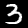
Digit: 3